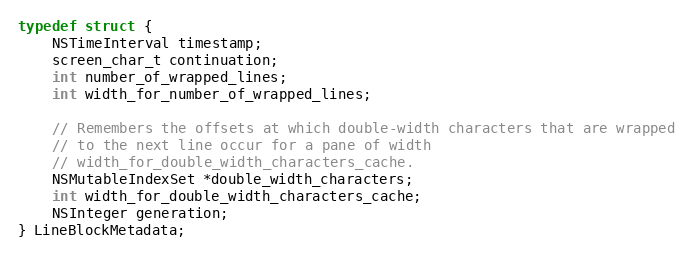
Language: C
typedef struct {
    NSTimeInterval timestamp;
    screen_char_t continuation;
    int number_of_wrapped_lines;
    int width_for_number_of_wrapped_lines;

    // Remembers the offsets at which double-width characters that are wrapped
    // to the next line occur for a pane of width
    // width_for_double_width_characters_cache.
    NSMutableIndexSet *double_width_characters;
    int width_for_double_width_characters_cache;
    NSInteger generation;
} LineBlockMetadata;